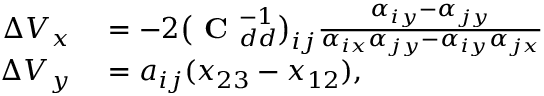
\begin{array} { r l } { \Delta V _ { x } } & { { } = - 2 \big ( \mathrm { \textbf { C } } _ { d d } ^ { - 1 } \big ) _ { i j } \frac { \alpha _ { i y } - \alpha _ { j y } } { \alpha _ { i x } \alpha _ { j y } - \alpha _ { i y } \alpha _ { j x } } } \\ { \Delta V _ { y } } & { { } = a _ { i j } ( x _ { 2 3 } - x _ { 1 2 } ) , } \end{array}